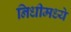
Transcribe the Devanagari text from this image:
निधीमध्ये